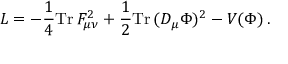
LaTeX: { \cal L } = - { \frac { 1 } { 4 } } \mathrm { T r } \, F _ { \mu \nu } ^ { 2 } + { \frac { 1 } { 2 } } \mathrm { T r } \, ( D _ { \mu } \Phi ) ^ { 2 } - V ( \Phi ) \, .